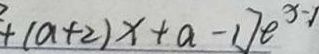
+ ( a + 2 ) x + a - 1 ] e ^ { x - 1 }